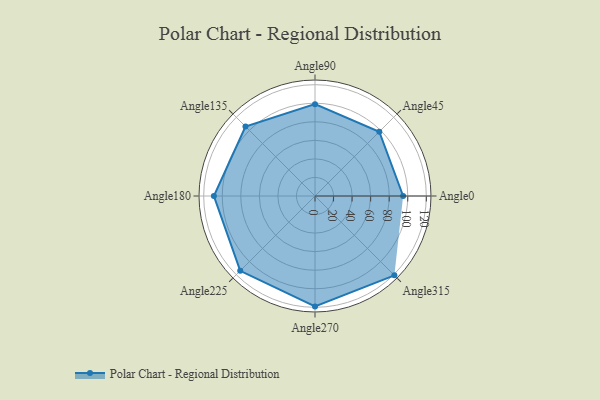
{"axis": {"x": "Angle", "y": "Radius"}, "legend": [""], "data": [{"x": "Angle0", "y": 95.0, "type": ""}, {"x": "Angle45", "y": 98.0, "type": ""}, {"x": "Angle90", "y": 99.0, "type": ""}, {"x": "Angle135", "y": 106.0, "type": ""}, {"x": "Angle180", "y": 109.0, "type": ""}, {"x": "Angle225", "y": 114.0, "type": ""}, {"x": "Angle270", "y": 119.0, "type": ""}, {"x": "Angle315", "y": 121.0, "type": ""}]}